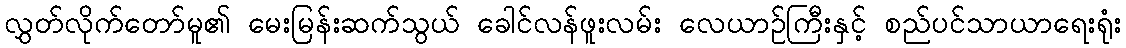
လွှတ်လိုက်တော်မူ၏ မေးမြန်းဆက်သွယ် ခေါင်လန်ဖူးလမ်း လေယာဉ်ကြီးနှင့် စည်ပင်သာယာရေးရုံး